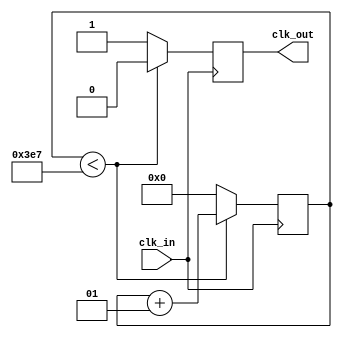
`timescale 1ns / 1ps
//////////////////////////////////////////////////////////////////////////////////
// Company: 
// Engineer: 
// 
// Design Name: 
// Module Name: fdiv1hz
// Project Name: 
// Target Devices: 
// Tool Versions: 
// Description: 
// 
// Dependencies: 
// 
// Revision:
// Revision 0.01 - File Created
// Additional Comments:
// 
//////////////////////////////////////////////////////////////////////////////////


module fdiv1hz(clk_in,clk_out);

output clk_out;
input  clk_in;
reg clk_out;

integer cnt=0;

always @(posedge clk_in)
begin
	if(cnt<999) //
	//if(cnt<9)    //
	  begin
		cnt = cnt + 1;
		clk_out <= 1'b0;
	  end
	else
	  begin
	    cnt = 0;
		clk_out <= 1'b1;
	  end
end
endmodule